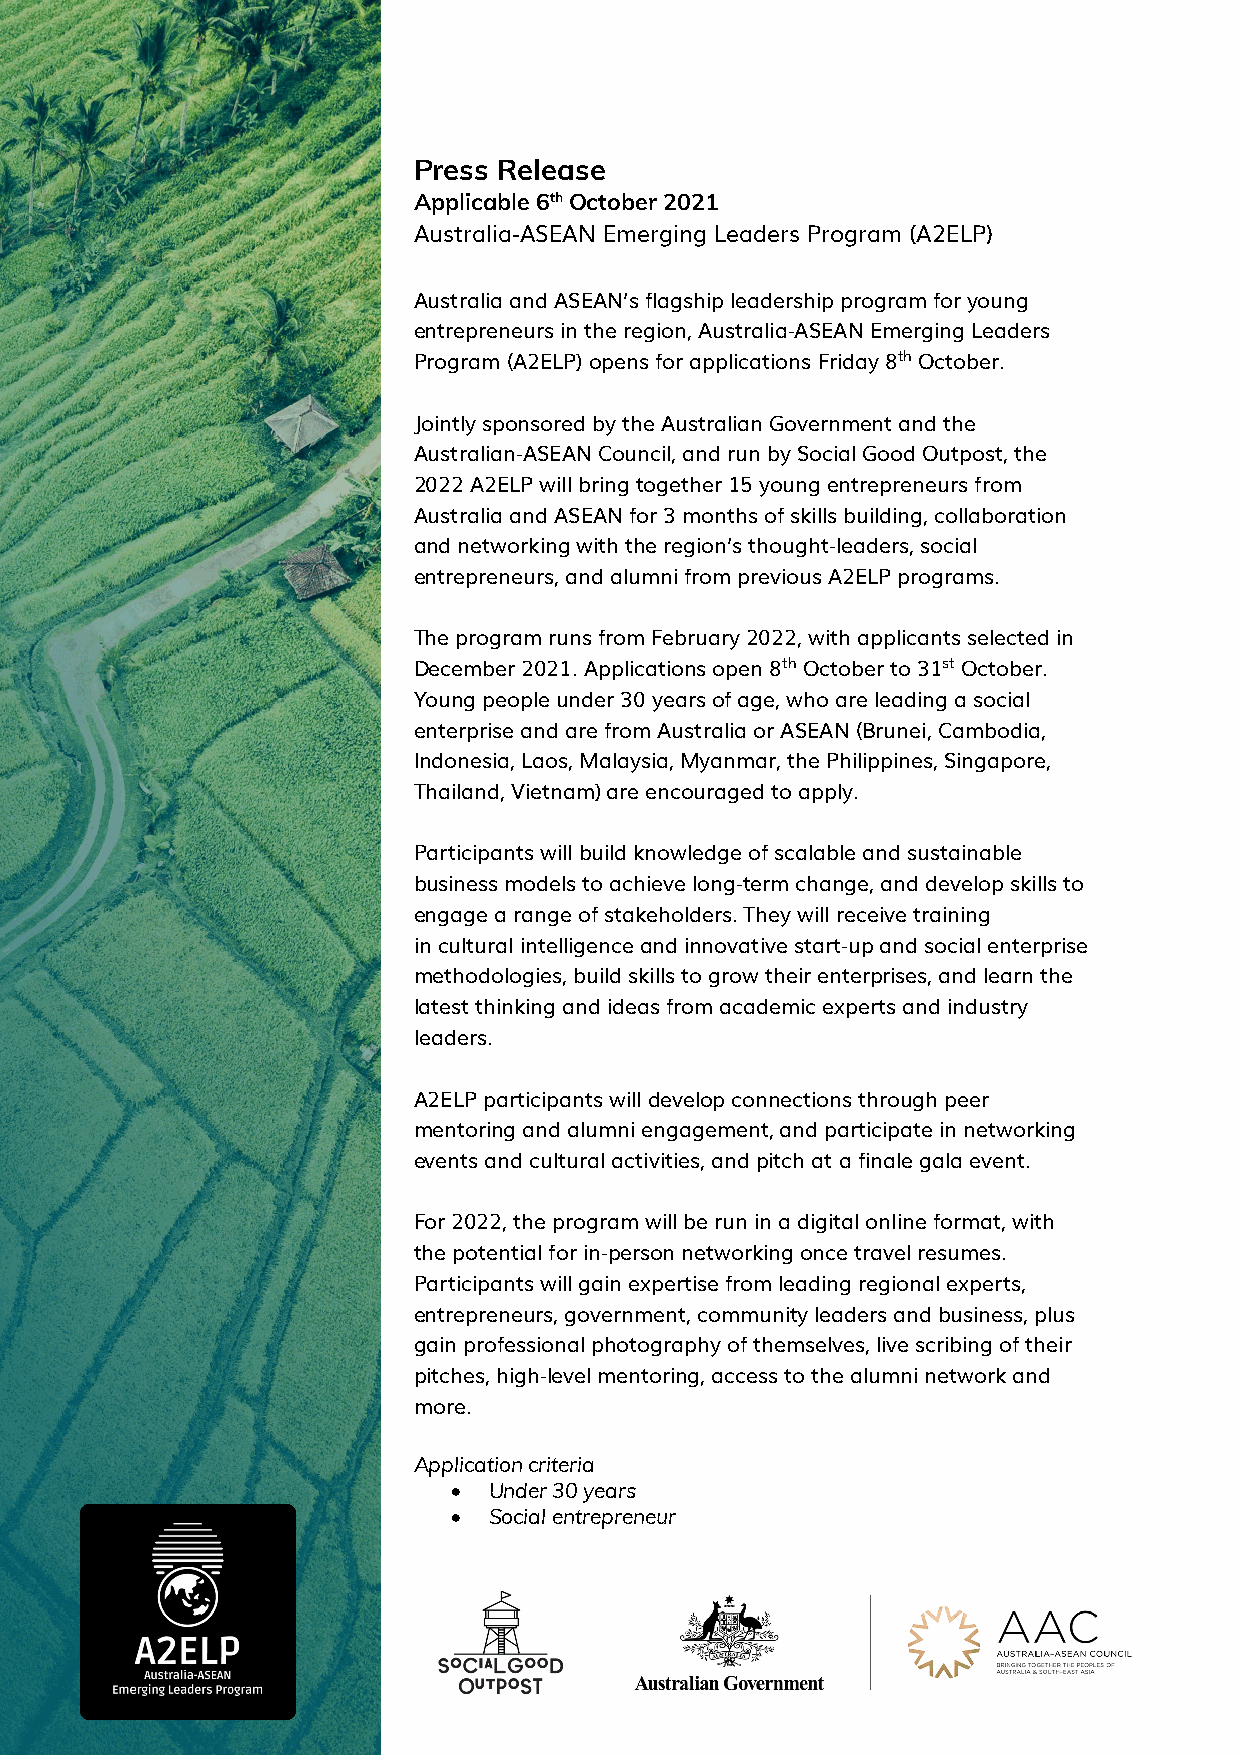
Press Release
 Applicable 6th October 2021
 Australia-ASEAN Emerging Leaders Program (A2ELP)
 Australia and ASEAN’s flagship leadership program for young
 entrepreneurs in the region, Australia-ASEAN Emerging Leaders
 Program (A2ELP) opens for applications Friday 8th October.
 Jointly sponsored by the Australian Government and the
 Australian-ASEAN Council, and run by Social Good Outpost, the
 2022 A2ELP will bring together 15 young entrepreneurs from
 Australia and ASEAN for 3 months of skills building, collaboration
 and networking with the region’s thought-leaders, social
 entrepreneurs, and alumni from previous A2ELP programs.
 The program runs from February 2022, with applicants selected in
 December 2021. Applications open 8th October to 31st October.
 Young people under 30 years of age, who are leading a social
 enterprise and are from Australia or ASEAN (Brunei, Cambodia,
 Indonesia, Laos, Malaysia, Myanmar, the Philippines, Singapore,
 Thailand, Vietnam) are encouraged to apply.
 Participants will build knowledge of scalable and sustainable
 business models to achieve long-term change, and develop skills to
 engage a range of stakeholders. They will receive training
 in cultural intelligence and innovative start-up and social enterprise
 methodologies, build skills to grow their enterprises, and learn the
 latest thinking and ideas from academic experts and industry
 leaders.
 A2ELP participants will develop connections through peer
 mentoring and alumni engagement, and participate in networking
 events and cultural activities, and pitch at a finale gala event.
 For 2022, the program will be run in a digital online format, with
 the potential for in-person networking once travel resumes.
 Participants will gain expertise from leading regional experts,
 entrepreneurs, government, community leaders and business, plus
 gain professional photography of themselves, live scribing of their
 pitches, high-level mentoring, access to the alumni network and
 more.
 Application criteria
 • Under 30 years
 • Social entrepreneur